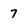
Character: 7